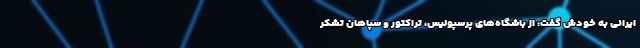
ایرانی به خودش گفت: از باشگاه‌های پرسپولیس، تراکتور و سپاهان تشکر